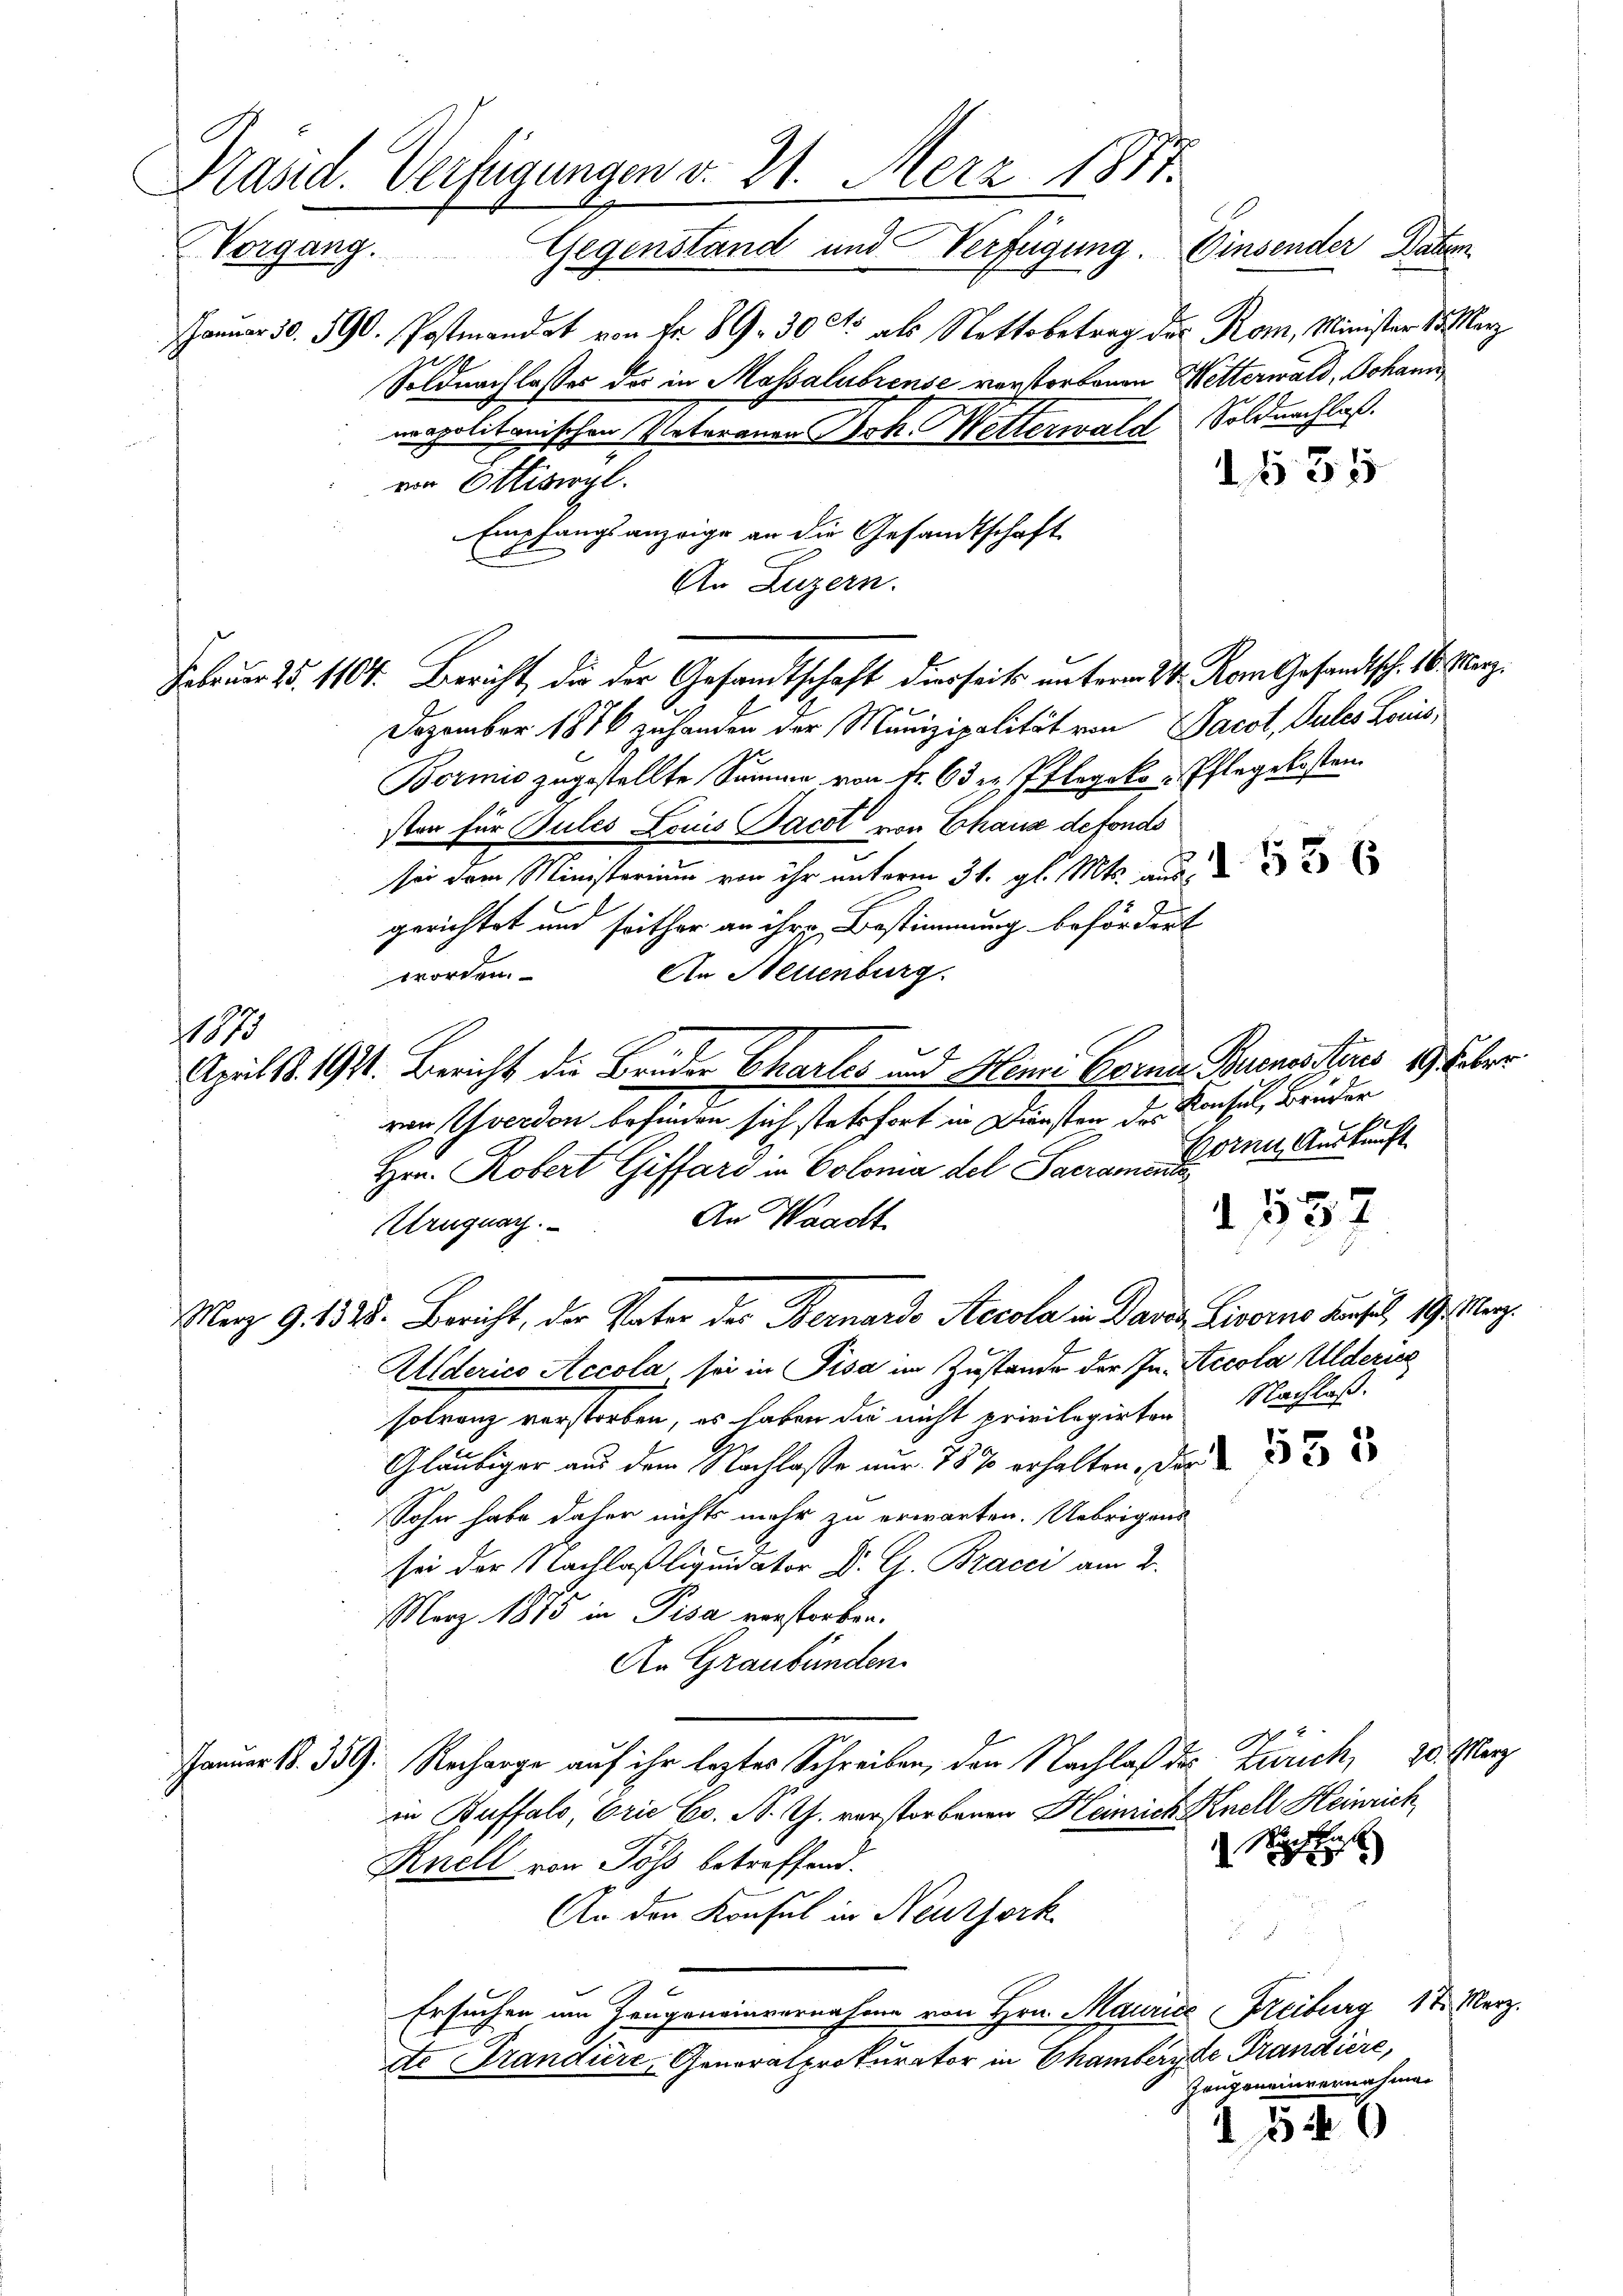
Kasid. Verfügungen d. 21. Merz 1887.
Vorgang. Gegenstand und Verfügung. Ginsender Daten

JJanuar 30. 590. Postmandat von Fr. 89. 30 Cts. als Nettobetrag des Rom, Minister d. Merz
napolitanischen Vateranen Joh. Metterwald Soldnachlaß.
von Ettiswyl.
Empfangsanzeige an die Gesandtschaft
An Luzern.
Dezember 1876 zuhanden der Munizipalität von Jacot, Sules Louis
.
Bormie zugestellte Summe von Fr. 6 die Pflegeko-Pflegekosten
sten für Pules Louis Jacot von Chaux defonds
sei dem Ministerium von ihr unterm 31. gl. Mts. aus
gerichtet und seither an ihre Bestimmung befördert
An Neuenburg.
worden.
Aprils. 1911. Bericht die Brüder Charlos und Henri Errei Buenossters 19. Feber
ven verdon befinden sich stetsfort in Diensten des Konsul, Brüder
Hrn. Robert Giffard in Colonia del Sacramente
f
8
d 53 f
An Waadt
Uruguay.
Merz 9. 1828. Bericht, der Vater der Bernardo Recola in Paren Livorno dersel, 19. Marz.
Alderico Accola sei in Pisa im Zustande der In- Accola Alderic
solvenz verstorben, es haben die nicht privilegirten Nachlaß.
Gläubiger aus dem Nachlasse nur 78 % erhalten, das
Sohn habe daher nichts mehr zu erwarten. Uebrigens
sei der Nachlaßliquidator Dr. G. Bracci am 2.
März 1875 in Pisa verstorben.
An Graubünden.
Januar 18. 359. Recharge auf ihr leztes Schreiben, den Nachlaß des Zürich, 20. März
in Buffalo, Prie Co. N. Th. verstorbenen Heinrich Knell Heinrich
Mu

Rnell von Söss betreffend.
An den Konsul in Neuthork

u
Ersuchen am Hangeneinvernahme von Hrn. Maurice Freiburg 12. Merz.
ste Frandire, Generalprokurator in Chambergte Prandiere,
Zeugeneinvernahmen
1540

1883

Soldnachlasses der in Mossalubrense verstorbenen Wetterwald, Johann

Jabrum 15. 1101. Bericht, die der Gesandtschaft derseits unterm 24. Vom Gesandtsch. 26. März.

1535

E
Horne Auskunft.